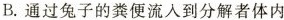
B.通过兔子的粪便流入到分解者体内